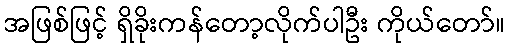
အဖြစ်ဖြင့် ရှိခိုးကန်တော့လိုက်ပါဦး ကိုယ်တော်။